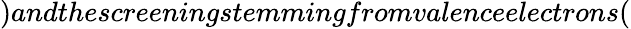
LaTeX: )andthescreeningstemmingfromvalenceelectrons(